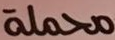
محملة